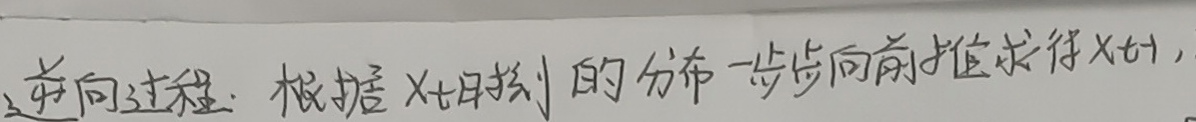
逆向过程：根据 $X_{t+1}$ 时刻的分布一步步向前推求得 $X_t$，